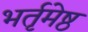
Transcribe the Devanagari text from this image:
भर्तृमेष्ठ